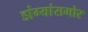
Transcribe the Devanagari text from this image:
डांग्यांसमोर